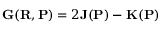
{ \bf G } ( { \bf R } , { \bf P } ) = 2 { \bf J } ( { \bf P } ) - { \bf K } ( { \bf P } )